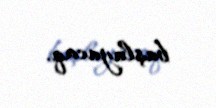
başlayacaq.